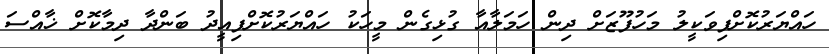
ހައްޔަރުކޮށްފިވަކީލު މަހުފޫޒަށް ދިން ހަމަލާއާ ގުޅިގެން މީހަކު ހައްޔަރުކޮށްފިއީދު ބަންދާ ދިމާކޮށް ޚާއްސަ